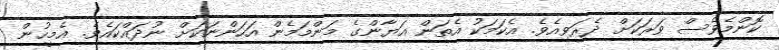
ކޮންމެވެސް ވަރަކަށް ދެރަވިއެވެ. އެކަމަކު އެތަން އަޔާންގެ މަންމަމެން އަހަންނަކަށް ނުދައްކައެވެ. އެމީހުން